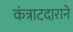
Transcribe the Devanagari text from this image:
कंत्राटदाराने